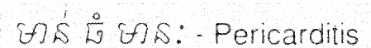
មាន់ ធំ មានៈ - Pericarditis